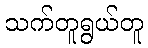
သက်တူရွယ်တူ